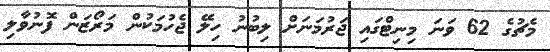
މެޗުގެ 62 ވަނަ މިނިޓްގައި ޖަރުމަނަށް ލިބުނު ހިލޭ ޖެހުމަކުން މަރޯޒަން ފޮނުވާލި